Indian Civil Veterinary Department memoirs
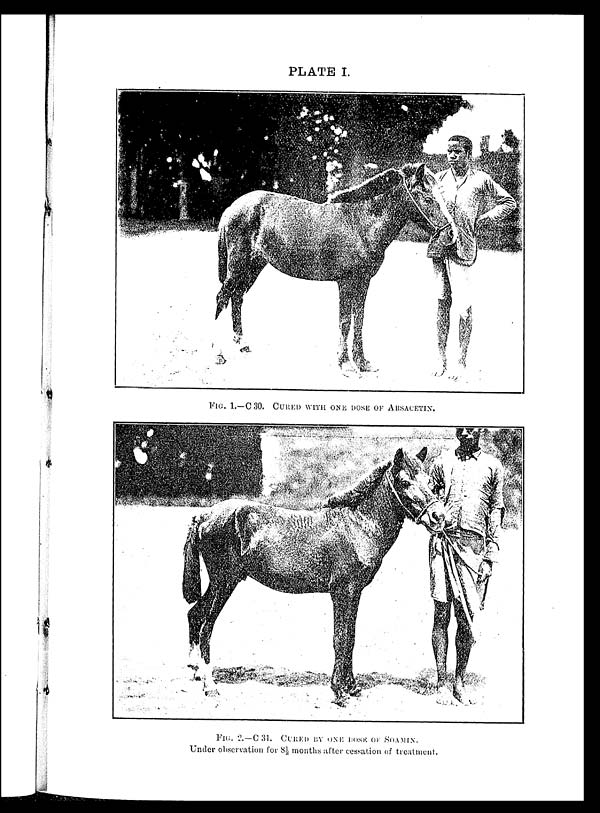
PLATE I.
FIG. 1.—C 30. CURED WITH ONE DOSE OF ARSACETIN.
FIG. 2.— C 31. CURED BY ONE DOSE OF SOAMIN.
Under observation for 8½ months after cessation of treatment.